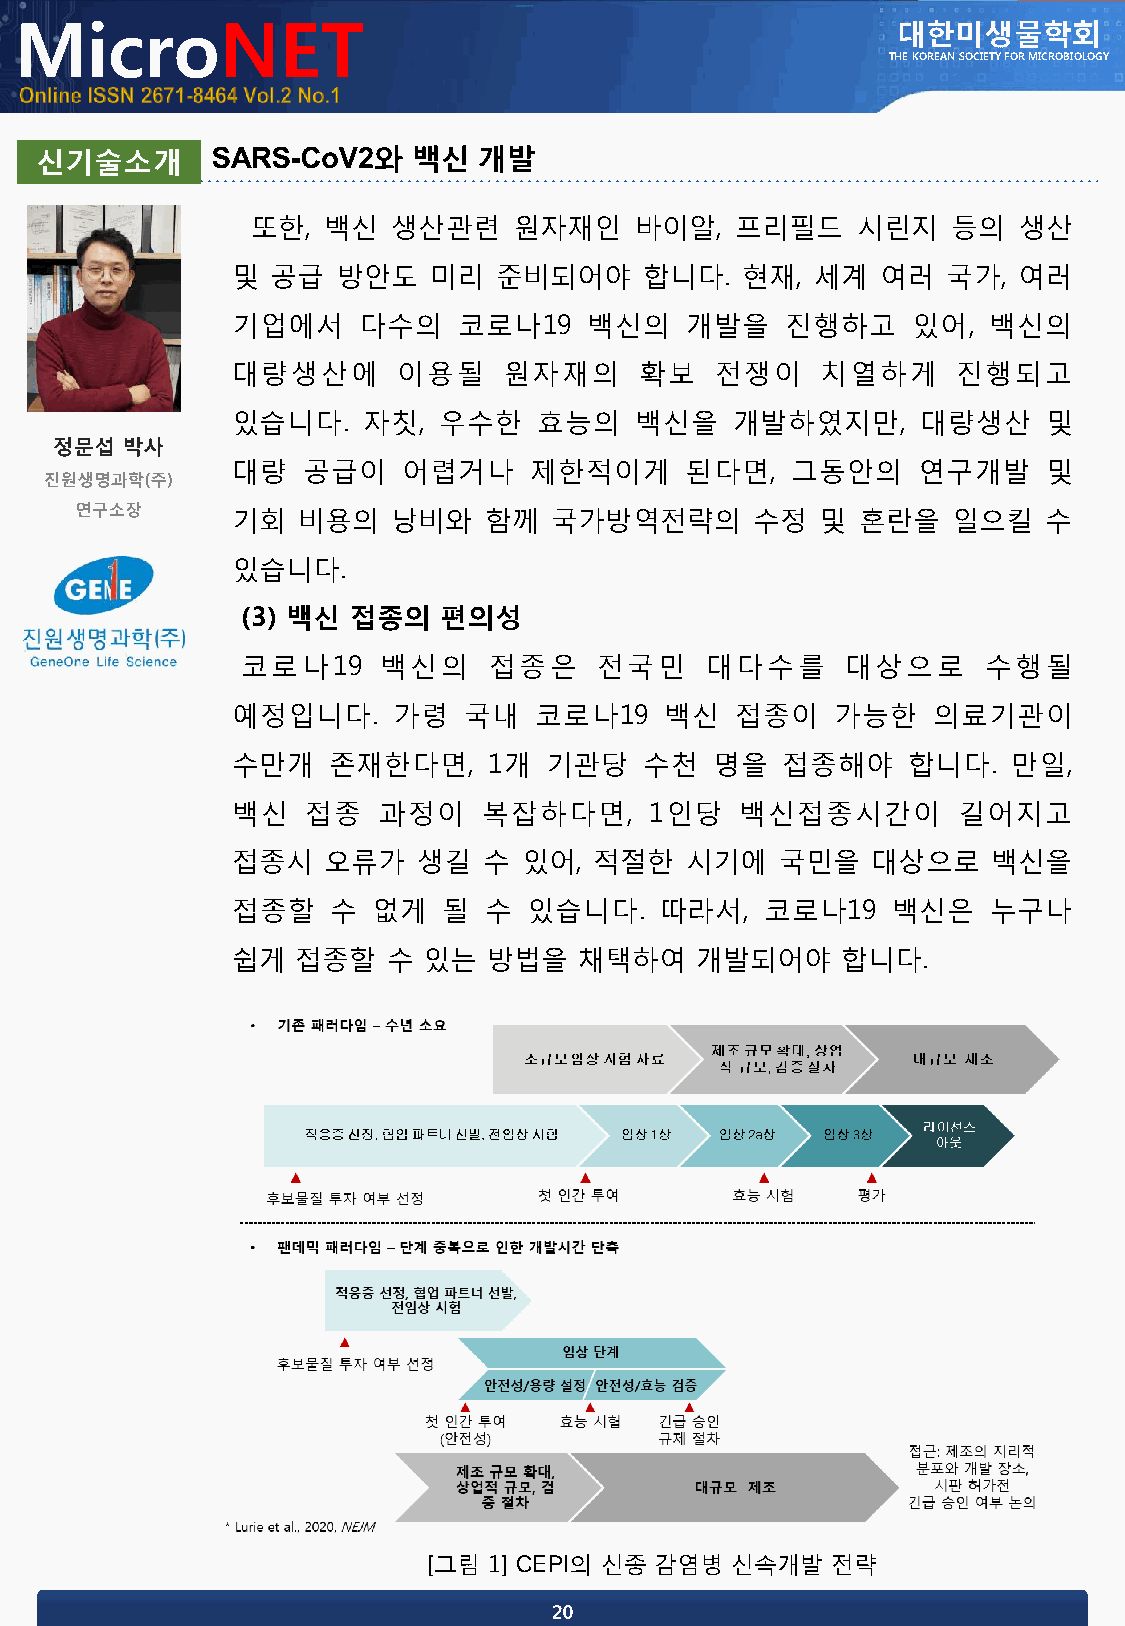
MicroNET                                                  대한미생물학회
 THE KOREAN SOCIETY FOR MICROBIOLOGY
 신기술소개
 또한, 백신   생산관련    원자재인    바이알,   프리필드    시린지   등의  생산
 및  공급  방안도   미리   준비되어야     합니다.  현재,  세계  여러   국가, 여러
 기업에서     다수의   코로나19    백신의   개발을    진행하고    있어,  백신의
 대량생산에      이용될    원자재의     확보   전쟁이    치열하게     진행되고
 있습니다.    자칫,  우수한    효능의   백신을    개발하였지만,     대량생산    및
 대량   공급이    어렵거나    제한적이게     된다면,   그동안의     연구개발    및
 기회   비용의   낭비와   함께  국가방역전략의       수정  및  혼란을   일으킬   수
 있습니다.
 (3) 백신 접종의   편의성
 코로나19    백신의    접종은     전국민    대다수를     대상으로     수행될
 예정입니다.     가령   국내  코로나19    백신   접종이   가능한    의료기관이
 수만개    존재한다면,    1개  기관당    수천  명을   접종해야    합니다.   만일,
 백신   접종   과정이    복잡하다면,     1인당   백신접종시간이       길어지고
 접종시   오류가    생길  수  있어, 적절한   시기에    국민을   대상으로    백신을
 접종할    수  없게  될  수  있습니다.    따라서,   코로나19   백신은    누구나
 쉽게   접종할   수 있는  방법을   채택하여    개발되어야     합니다.
 [그림 1] CEPI의 신종 감염병 신속개발   전략